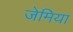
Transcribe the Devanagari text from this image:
जेमिया